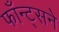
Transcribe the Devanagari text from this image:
फाँन्ट्‌सने